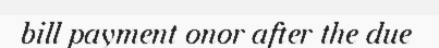
bill payment onor after the due